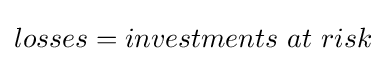
losses=investments\ at\ risk